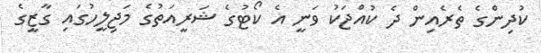
ކުދިންގެ ތެރެއިން ދެ ކުއްޖަކު ވަނީ އެ ކޯޓުގެ ޝަރީއަތުގެ މަޖިލީހުގައި ގާޒީގެ